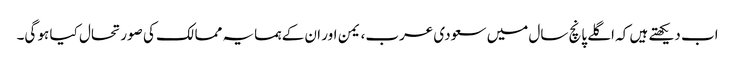
اب دیکھتے ہیں کہ اگلے پانچ سال میں سعودی عرب، یمن اور ان کے ہمسایہ ممالک کی صورتحال کیا ہو گی۔